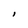
Character: I